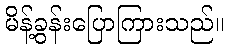
မိန့်ခွန်းပြောကြားသည်။